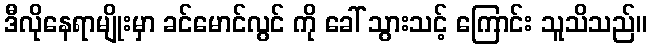
ဒီလိုနေရာမျိုးမှာ ခင်မောင်လွင် ကို ခေါ် သွားသင့် ကြောင်း သူသိသည်။